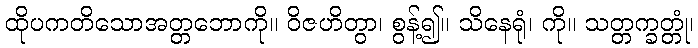
ထိုပကတိသောအတ္တဘောကို။ ဝိဇဟိတွာ၊ စွန့်၍။ သိနေရုံ၊ ကို။ သတ္တက္ခတ္တုံ၊